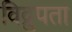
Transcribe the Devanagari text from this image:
विद्रुपता